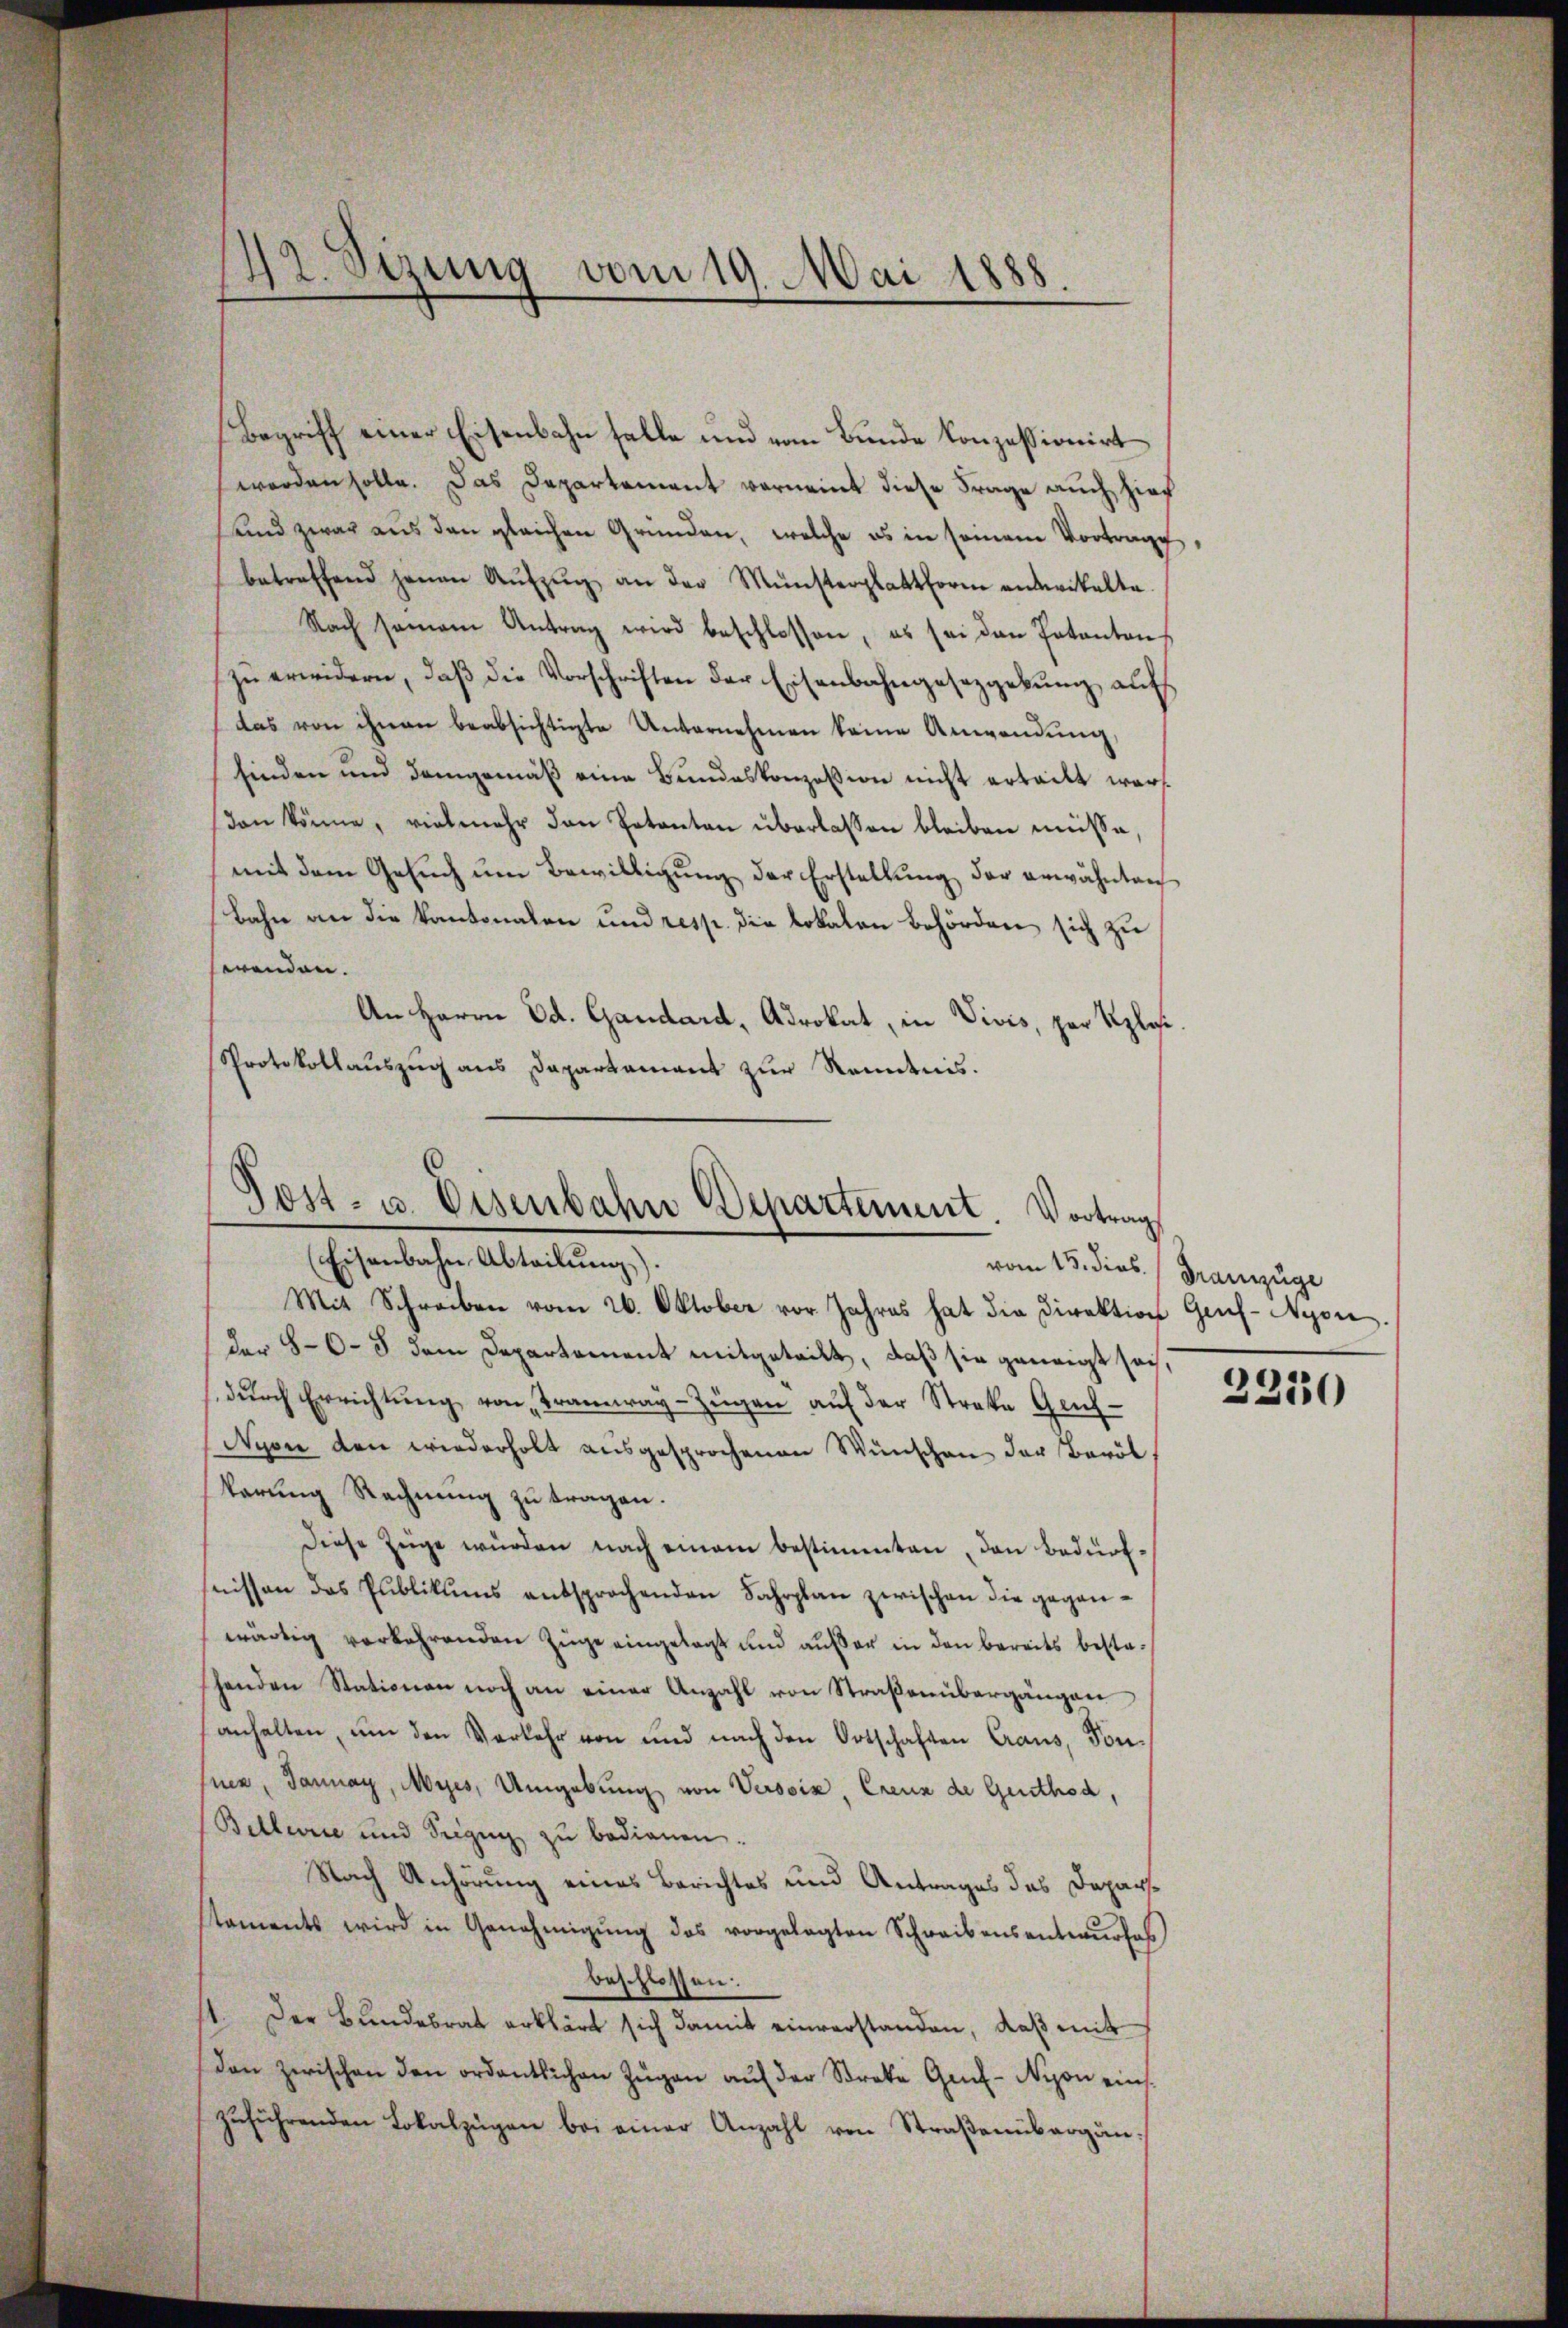
42. Sizung vom 19. Mai 1888.

Begriff einer Eisenbahn falle und vom Bunde konzessionirt
worden solle. Das Departement vorneint diese Frage auch zieh
sund zwar aus den gleichen Gründen, welche es in seinem Vortrage,
betreffend jenen Aŭfzŭg an der Münsterplattform antwickelte.
Nach seinem Antrag wird beschlossen, es sei den Patenten
zŭ erwidern, daβ die Vorschriften der Eisenbahngesetzgebung auf
das von ihnen beabsichtigte Unternehmen keine Anwendung,
finden und demgemäß eine Bundeskonzession nicht erteilt wars
don könne, vielmehr den Petenten überlassen bleiben müsse,
mit dem Gesŭch ŭm Bewilligŭng der Erstellŭng der erwähnten
Bahn an die Kantonalen und resp. die Lokalen Behörden sich zu
wenden.
An Herrn Ed. Gandard, Advokat, in Vivis, par Rplosi
Protokollauszug aus Dapartament zur Renntnis.

Jost- u. Eisenbahn Departement. Vortrag
(Eisenbahn Abteilung).

Mit Schreiben vom 26. Oktober vor Jahres hat die Direktion Genf- Nyon.
dar 86. 5 dem Departement mitgeteilt, daß sie geneigt sei,
durch Errichtung von Trannray-Zügen auf der Streke Gach¬
Nyon den wiederholt ausgesprochenen Wünschen der Baröl
karung Rechnung zu tragen.
Diese Zeige würden nach einem bestimmten, den Bedürffnissen das Publikums entsprochenden Fahrplan zwischen die geganwärtig verkehrenden Züge eingelegt und außer in den bereits bestehenden Stationen noch an einer Anzahl von Straßenübergängen
anhalten, um den Verkehr von und nach den Ortschaften Craus, Ton-
sner, Jannay, Myes, Umgebung von Versoix, Creuz de Genthod,
Bellerie und Segen zu bedienen.
Nach Anhörung eines Berichtes und Antrages das Deparstaments wird in Genehmigŭng des vorgelegten Schreibensentwŭrfes
beschlossen:
11. Der Bundesrat erklärt sich damit einverstanden, daß mit
dan zwischen den ordentlichen Zŭgen aŭf der Streke Gef-Nyon einszuführenden Lokalzügen bei einer Anzahl von Straßenübergän¬

vom 15. dies. (Franzüge

2230